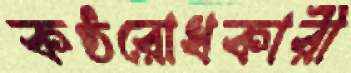
কণ্ঠরোধকারী